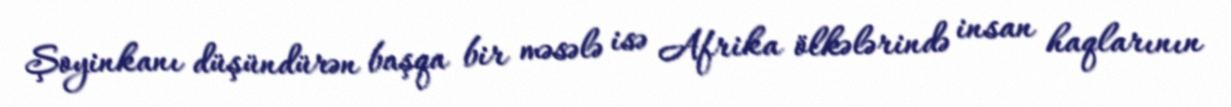
Şoyinkanı düşündürən başqa bir məsələ isə Afrika ölkələrində insan haqlarının